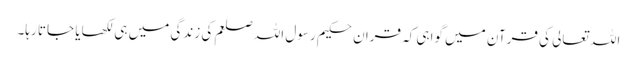
اللہ تعالی کی قرآن میں گواہی کہ قران حکیم رسول اللہ صلعم کی زندگی میں ہی لکھایا جاتا رہا۔